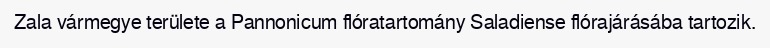
Zala vármegye területe a Pannonicum flóratartomány Saladiense flórajárásába tartozik.